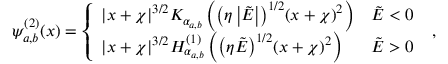
\psi _ { a , b } ^ { ( 2 ) } ( x ) = \left\{ \begin{array} { l l } { { | x + \chi | } ^ { 3 / 2 } K _ { \alpha _ { a , b } } \left( { \left( \eta \left| \tilde { E } \right| \right) } ^ { 1 / 2 } { ( x + \chi ) } ^ { 2 } \right) } & { \tilde { E } < 0 } \\ { { | x + \chi | } ^ { 3 / 2 } H _ { \alpha _ { a , b } } ^ { ( 1 ) } \left( { \left( \eta \tilde { E } \right) } ^ { 1 / 2 } { ( x + \chi ) } ^ { 2 } \right) } & { \tilde { E } > 0 } \end{array} \right. \; ,